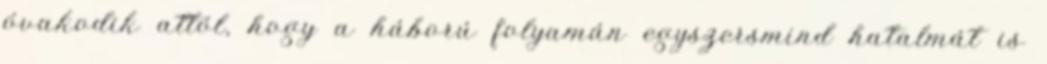
óvakodik attól, hogy a háború folyamán egyszersmind hatalmát is